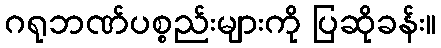
ဂရုဘဏ်ပစ္စည်းများကို ပြဆိုခန်း။